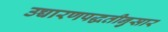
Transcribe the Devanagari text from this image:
उच्चारणपद्धतीनुसार